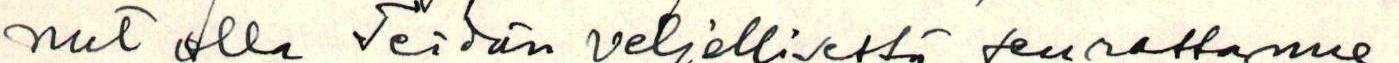
nut olla Teidän veljellisessä seurassanne